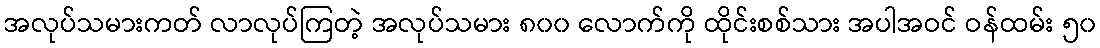
အလုပ်သမားကတ် လာလုပ်ကြတဲ့ အလုပ်သမား ၈၀၀ လောက်ကို ထိုင်းစစ်သား အပါအဝင် ဝန်ထမ်း ၅၀